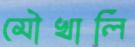
মৌখালি